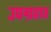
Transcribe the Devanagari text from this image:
उपग्रहात